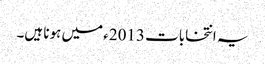
یہ انتخابات 2013ء میں ہونا ہیں۔